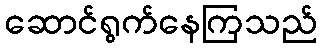
ဆောင်ရွက်နေကြသည်